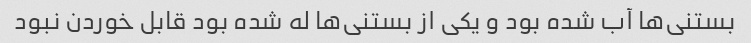
بستنی‌ها آب شده بود و یکی از بستنی‌ها له شده بود قابل خوردن نبود